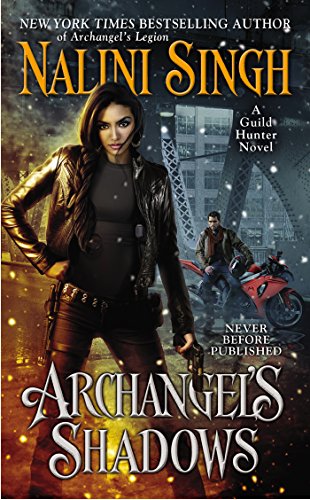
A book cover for Archangel's Shadows (Guild Hunter); Nalini Singh; Romance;